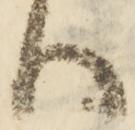
ハ